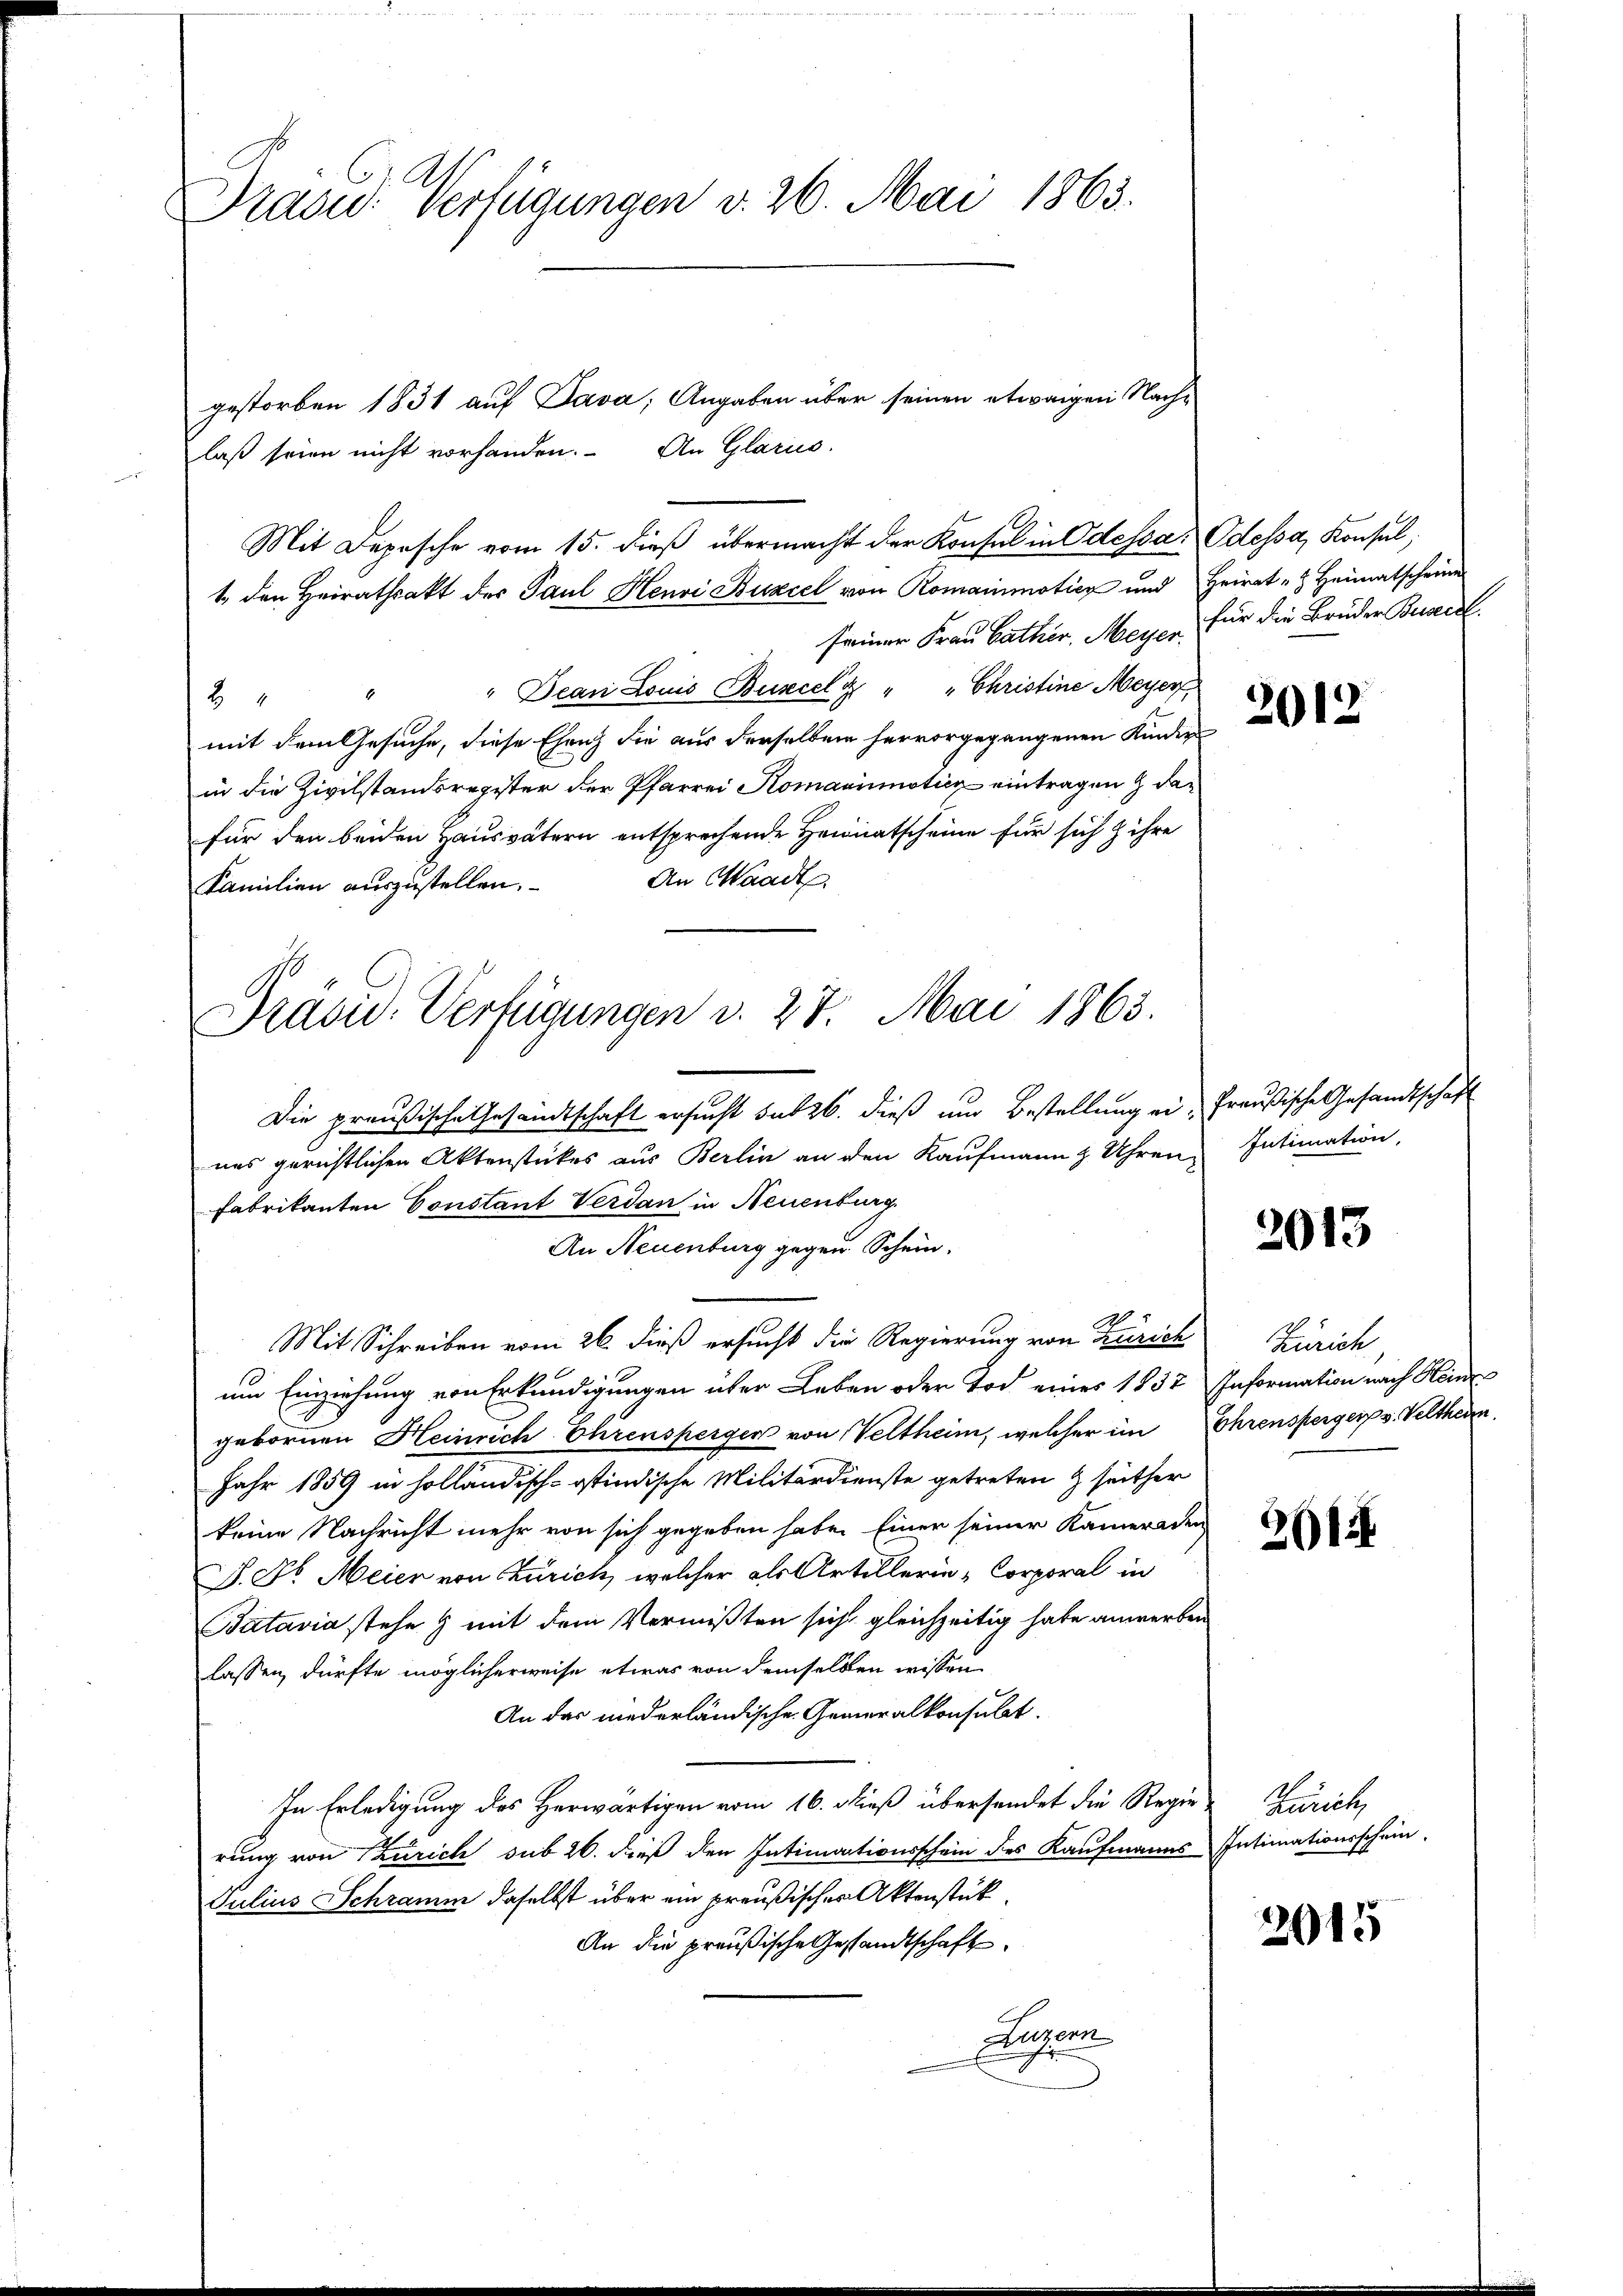
Prasid. Verfügungen v. 26. Mai 1863.

laß seien nicht vorhanden. An Glarus.
1. den Heirathsakt des Paul Henri Buzcel von Romainmotiez und Heirat " Heimatscheine
seiner Frau Cather, Meyer für die Brüder Buseel.
"Dean Louis Buscelt " " Christine Meyer

mit dem Gesuche, diese Ehenz die aus derselben hervorgegangenen Kinder
in die Zivilstandsregister der Pfarrei Komainmoticz eintragen & dan
für den beiden Hausvätern entsprechende Heimatscheine für sich ihre
An Waadt
Familien auszustellen.
Die preußische Gesandtschaft ersucht sub 26. dieß um Bestellung ei-Preußische Gesandtschaft
nes gerichtlichen Aktenstückes aus Berlin an den Kaufmann 2 Uhren,
Fabrikanten Constant Verdan in Neuenburg
An Neuenburg gegen Schein.
A
Mit Schreiben vom 26. dieß ersucht die Regierung von Zürich
um Einziehung von Erkundigungen über Leben oder Tod eines 1837 Information nach Hein
gebornen Heinrich Ehrensperger von Veltheim, welcher im Ehrenspergers. Velthei
Jahr 1859 in holländisch-ostindische Militärdienste getreten & seither
keine Nachricht mehr von sich gegeben habe. Einer seiner Kameraden
P. Dr. Meier von Zürich, welcher als Artillerie-Corporal in
Batavia stehe & mit dem Vermißten sich gleichzeitig habe anwerben
lassen, dürfte möglicherweise etwas von demselben wissen
An das niederländische Generalkonsulat.
In Erledigung des Herwärtigen vom 16. dieß übersendet die Regie-
rung von Zürich sub 26. dieß den Intimationsschein des Kaufmanns Intimationsschein.
Julius Schramm daselbst über ein preußischer Aktenstück
An die preußische Gesandtschaft
Begonn

Mit Depesche vom 15. dieß übermacht der Konsul in Odessa, Odessa, Konsul,

gestorben 1831 auf Java, Angaben über seinen etwaigen Nach-

Drasu. Verfügungen v. 27. Mai 1863.

2012

Intimation,

2013

Zürich

261.

Zürich,

2015